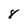
Character: 8